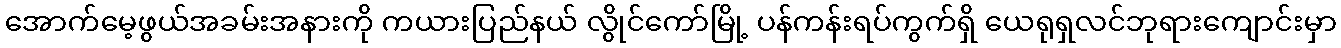
အောက်မေ့ဖွယ်အခမ်းအနားကို ကယားပြည်နယ် လွိုင်ကော်မြို့ ပန်ကန်းရပ်ကွက်ရှိ ယေရုရှလင်ဘုရားကျောင်းမှာ